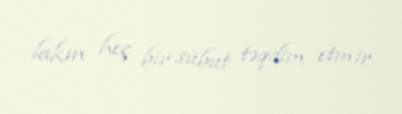
lakin heç bir sübut təqdim etmir.